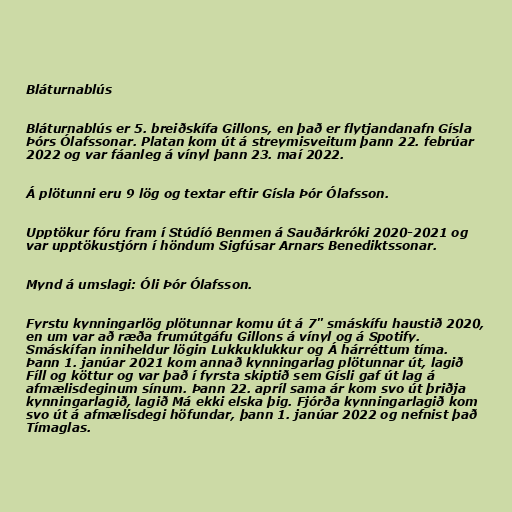
Bláturnablús

Bláturnablús er 5. breiðskífa Gillons, en það er flytjandanafn Gísla
Þórs Ólafssonar. Platan kom út á streymisveitum þann 22. febrúar
2022 og var fáanleg á vínyl þann 23. maí 2022.

Á plötunni eru 9 lög og textar eftir Gísla Þór Ólafsson.

Upptökur fóru fram í Stúdíó Benmen á Sauðárkróki 2020-2021 og
var upptökustjórn í höndum Sigfúsar Arnars Benediktssonar.

Mynd á umslagi: Óli Þór Ólafsson.

Fyrstu kynningarlög plötunnar komu út á 7" smáskífu haustið 2020,
en um var að ræða frumútgáfu Gillons á vínyl og á Spotify.
Smáskífan inniheldur lögin Lukkuklukkur og Á hárréttum tíma.
Þann 1. janúar 2021 kom annað kynningarlag plötunnar út, lagið
Fíll og köttur og var það í fyrsta skiptið sem Gísli gaf út lag á
afmælisdeginum sínum. Þann 22. apríl sama ár kom svo út þriðja
kynningarlagið, lagið Má ekki elska þig. Fjórða kynningarlagið kom
svo út á afmælisdegi höfundar, þann 1. janúar 2022 og nefnist það
Tímaglas.